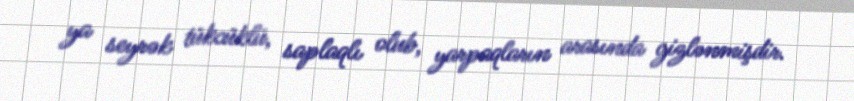
ya seyrək tükcüklü, saplaqlı olub, yarpaqların arasında gizlənmişdir.